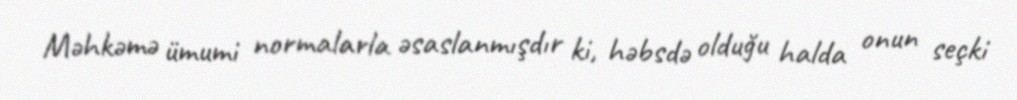
Məhkəmə ümumi normalarla əsaslanmışdır ki, həbsdə olduğu halda onun seçki